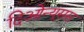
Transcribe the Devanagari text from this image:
दिओन्यूसस